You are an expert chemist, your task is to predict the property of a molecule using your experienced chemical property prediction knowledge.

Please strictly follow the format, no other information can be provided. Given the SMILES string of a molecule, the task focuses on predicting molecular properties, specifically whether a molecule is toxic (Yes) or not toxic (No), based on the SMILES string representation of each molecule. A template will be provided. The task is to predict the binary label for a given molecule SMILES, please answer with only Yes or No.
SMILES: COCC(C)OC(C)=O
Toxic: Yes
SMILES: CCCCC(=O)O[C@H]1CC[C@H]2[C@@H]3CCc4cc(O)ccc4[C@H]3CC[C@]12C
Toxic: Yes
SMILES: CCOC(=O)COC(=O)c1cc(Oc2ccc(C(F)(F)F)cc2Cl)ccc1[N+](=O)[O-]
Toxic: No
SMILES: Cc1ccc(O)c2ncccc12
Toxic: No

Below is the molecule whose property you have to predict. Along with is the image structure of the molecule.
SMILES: O=S(=O)([O-])CC(O)CCl
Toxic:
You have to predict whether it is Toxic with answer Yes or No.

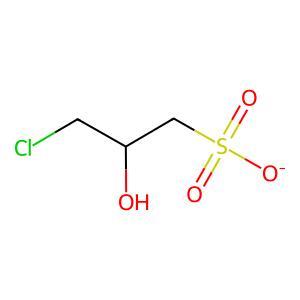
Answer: No